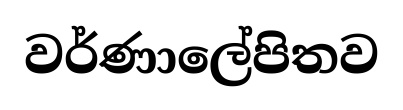
වර්ණාලේපිතව